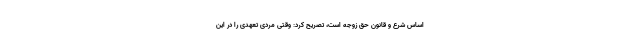
اساس شرع و قانون حق زوجه است، تصریح کرد: وقتی مردی تعهدی را در این